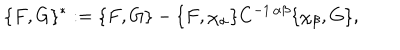
\{ F , G \} ^ { * } : = \{ F , G \} - \{ F , \chi _ { \alpha } \} C ^ { - 1 \, \alpha \beta } \{ \chi _ { \beta } , G \} ,